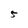
Character: 5